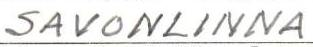
SAVONLINNA